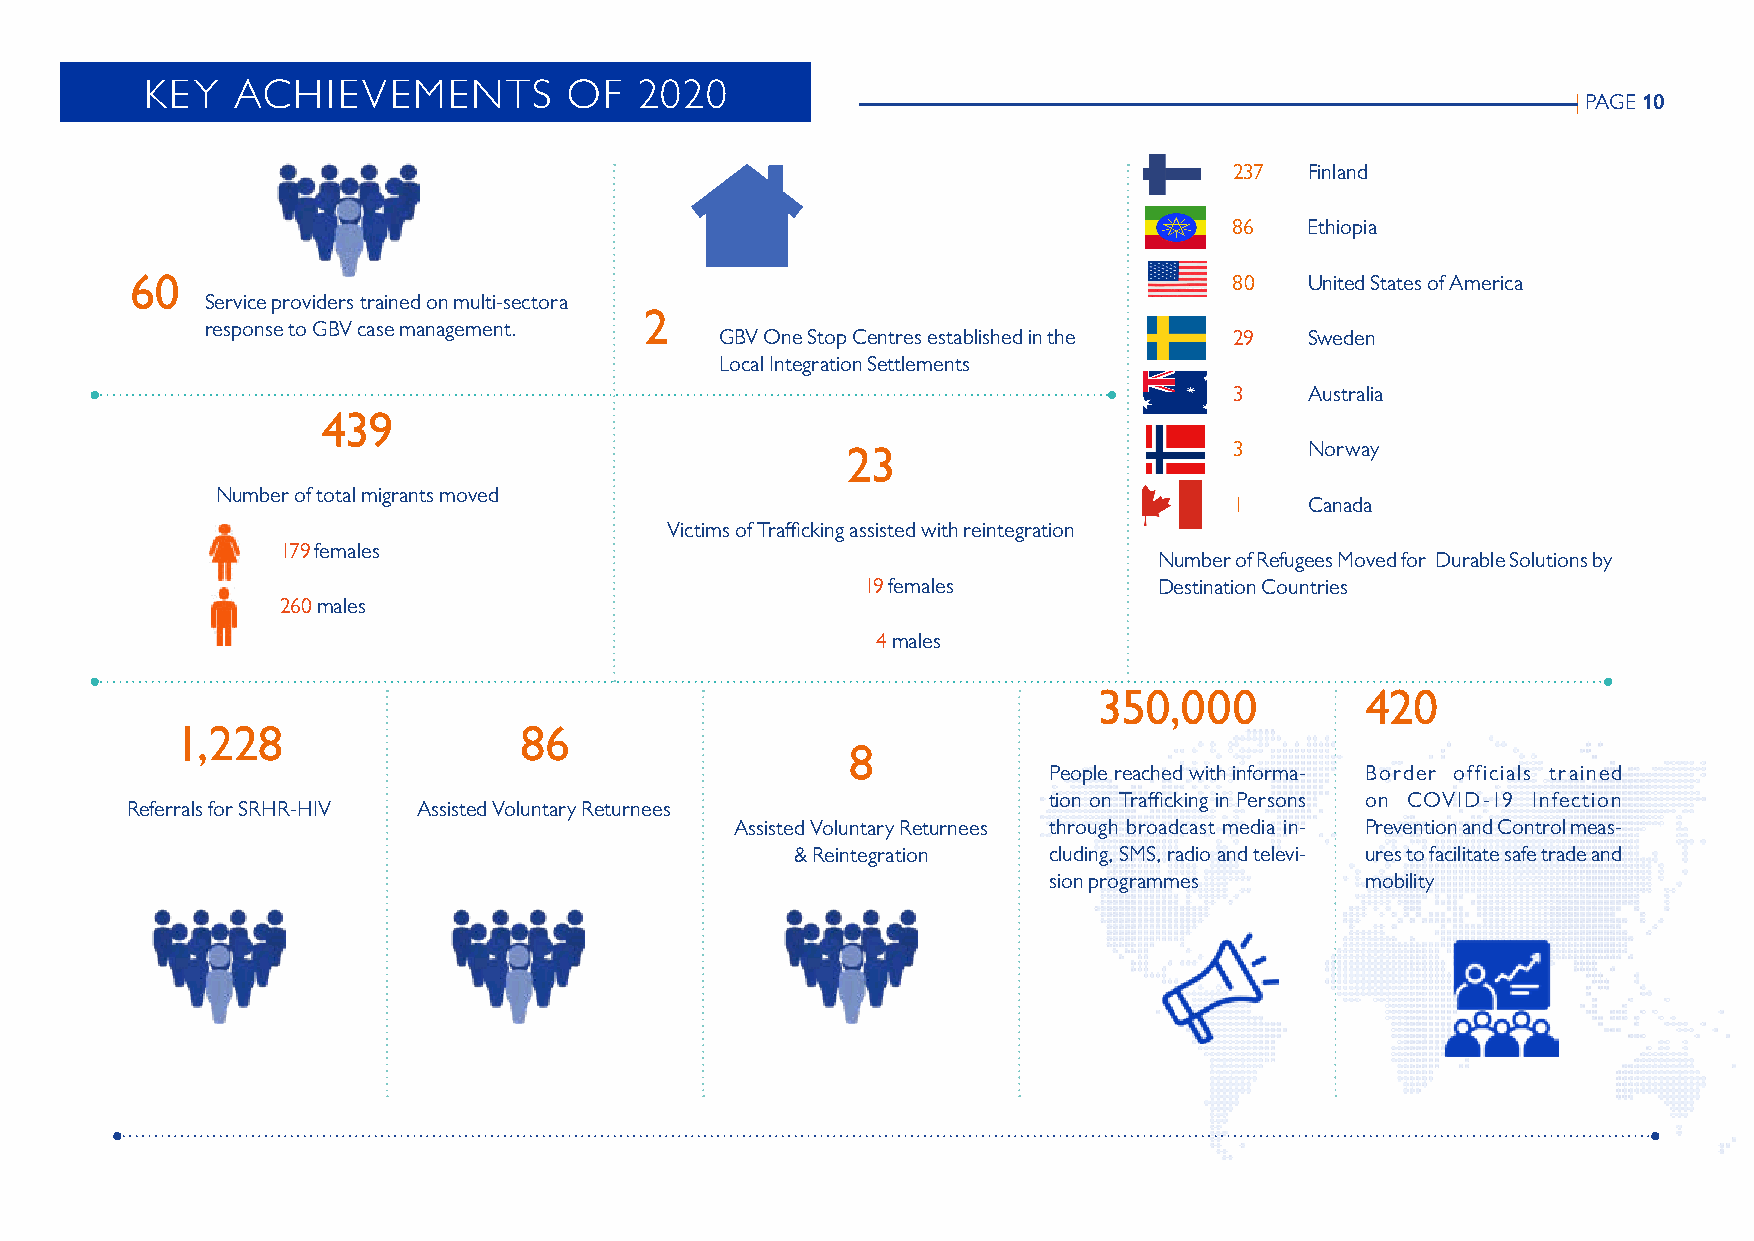
KEY   ACHIEVEMENTS          OF  2020
 | PAGE 10
 237  Finland
 86   Ethiopia
 60                                                                       80   United States of America
 Service providers trained on multi-sectora
 2
 response to GBV case management.
 GBV One Stop Centres established in the 29 Sweden
 Local Integration Settlements
 3    Australia
 439
 23                        3    Norway
 Number of total migrants moved
 1    Canada
 Victims of Trafficking assisted with reintegration
 179 females
 Number of Refugees Moved for Durable Solutions by
 19 females          Destination Countries
 260 males
 4 males
 350,000          420
 1,228                 86
 8
 People reached with informa- Border officials trained
 tion on Trafficking in Persons on COVID-19 Infection
 Referrals for SRHR-HIV Assisted Voluntary Returnees
 Assisted Voluntary Returnees through broadcast media in- Prevention and Control meas-
 & Reintegration cluding, SMS, radio and televi- ures to facilitate safe trade and
 sion programmes      mobility